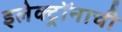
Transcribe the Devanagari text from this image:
इलेक्ट्रॉनाची